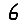
Digit: 6